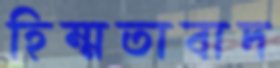
হিম্মতাবাদ